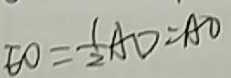
E O = \frac { 1 } { 2 } A D = A O